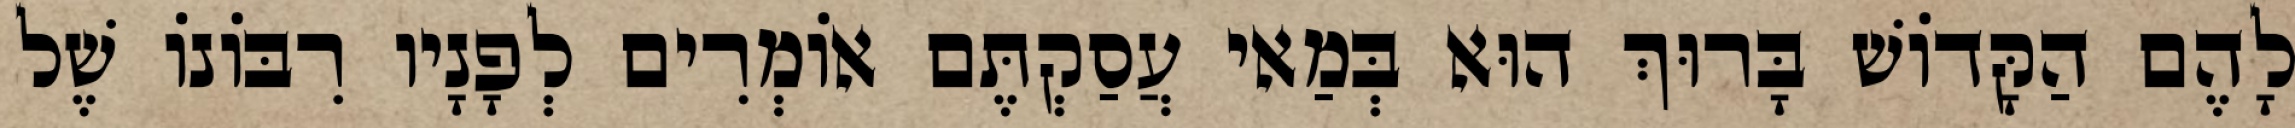
לָהֶם הַקָּדוֹשׁ בָּרוּךְ הוּא בְּמַאי עֲסַקְתֶּם אוֹמְרִים לְפָנָיו רִבּוֹנוֹ שֶׁל